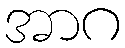
အာဂ